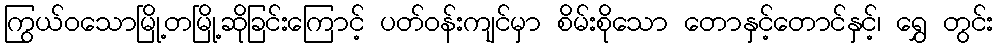
ကြွယ်ဝသောမြို့တမြို့ဆိုခြင်းကြောင့် ပတ်ဝန်းကျင်မှာ စိမ်းစိုသော တောနှင့်တောင်နှင့်၊ ရွှေ တွင်း